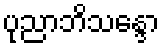
ပုညာဘိသန္ဒော